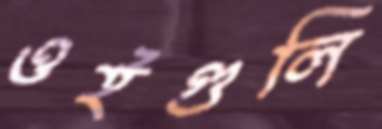
ওইগুলি